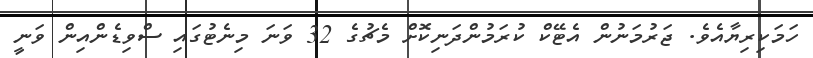
ހަމަކިރިޔާއެވެ. ޖަރުމަނުން އެޓޭކް ކުރަމުންދަނިކޮށް މެޗުގެ 32 ވަނަ މިނެޓުގައި ސްވިޑެންއިން ވަނީ